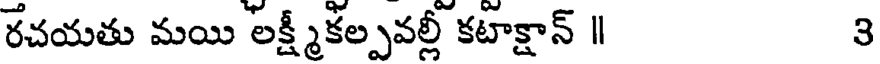
రచయతు మయి లక్ష్మీకల్పవల్లీ కటాక్షాన్ | ౩